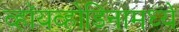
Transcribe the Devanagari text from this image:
व्हॉयव्होडिनामध्ये